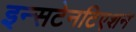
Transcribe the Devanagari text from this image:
इन्सटेनटिएशन